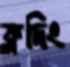
ক্লদিং